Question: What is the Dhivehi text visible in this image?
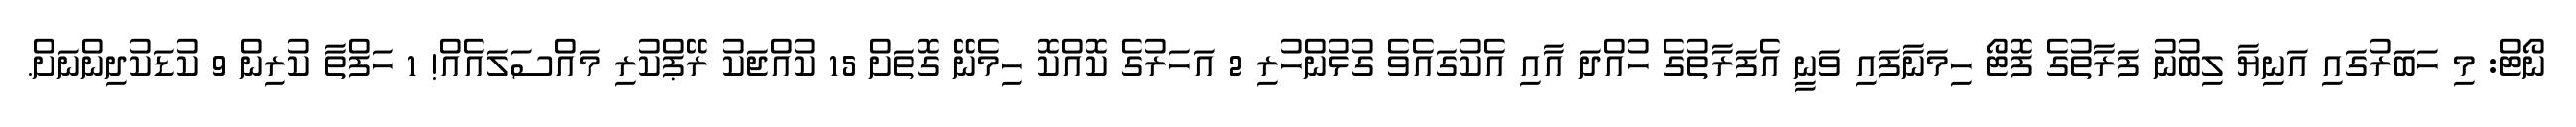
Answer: ނޯޓް: މި ހަބަރުގައި އަނިޔާ ލިބުނު ފަރާތުގެ ފޮޓޯ ހިމަނާފައި ވަނީ އެފަރާތުގެ ހުއްދަ އާއި އެކުގައެވެ ގުޅުންހުރި 2 އަހަރުގެ ކޮއްކޮ ހިމެނޭ ގޮތަށް 15 ކުއްޖަކު ރޭޕްކުރި މައްސަލައެއް! 1 ހަފްތާ ކުރިން 9 ކުޑަކުދިންނަށް.